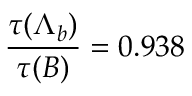
{ \frac { \tau ( \Lambda _ { b } ) } { \tau ( B ) } } = 0 . 9 3 8